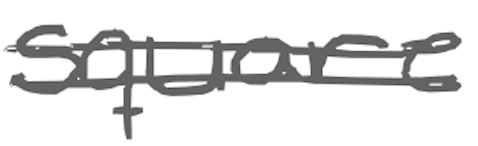
Text: square
Cross-out: mix
Writing tool: digital_gray